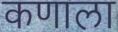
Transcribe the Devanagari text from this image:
कणाला